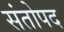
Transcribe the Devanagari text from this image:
संतोपद